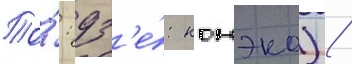
То́: дз'е́: конэко) /